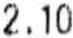
2.10